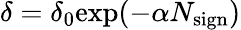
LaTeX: \delta=\delta_{0}\mathrm{exp}(-\alpha N_{\mathrm{sign}})